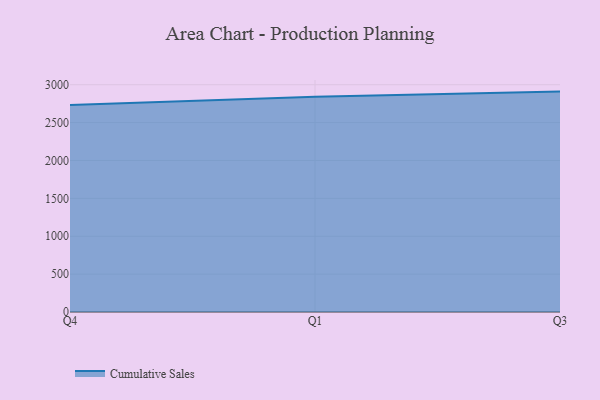
{"axis": {"x": "Quarter", "y": "Waste Production (Tons)"}, "legend": ["Cumulative Sales"], "data": [{"x": "Q4", "y": 2733.5, "type": "Cumulative Sales"}, {"x": "Q1", "y": 2840.4, "type": "Cumulative Sales"}, {"x": "Q3", "y": 2909.0, "type": "Cumulative Sales"}]}